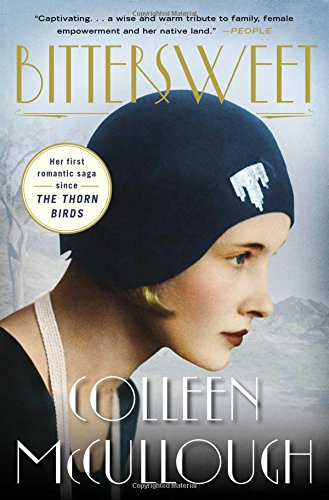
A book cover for Bittersweet: A Novel; Colleen McCullough; Literature & Fiction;